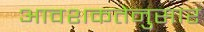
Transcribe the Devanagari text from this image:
आवशकतेनुसार